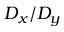
D _ { x } / D _ { y }